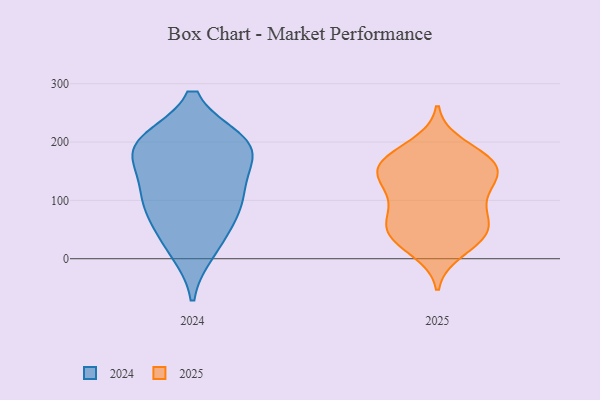
{"axis": {"x": "Customer Acquisition Cost (USD)", "y": "Value"}, "legend": ["2024", "2025"], "data": [{"x": "", "y": 90, "type": "2024"}, {"x": "", "y": 16, "type": "2024"}, {"x": "", "y": 130, "type": "2024"}, {"x": "", "y": 187, "type": "2024"}, {"x": "", "y": 104, "type": "2024"}, {"x": "", "y": 38, "type": "2024"}, {"x": "", "y": 184, "type": "2024"}, {"x": "", "y": 198, "type": "2024"}, {"x": "", "y": 199, "type": "2024"}, {"x": "", "y": 191, "type": "2024"}, {"x": "", "y": 92, "type": "2024"}, {"x": "", "y": 195, "type": "2025"}, {"x": "", "y": 33, "type": "2025"}, {"x": "", "y": 52, "type": "2025"}, {"x": "", "y": 71, "type": "2025"}, {"x": "", "y": 128, "type": "2025"}, {"x": "", "y": 128, "type": "2025"}, {"x": "", "y": 101, "type": "2025"}, {"x": "", "y": 158, "type": "2025"}, {"x": "", "y": 53, "type": "2025"}, {"x": "", "y": 13, "type": "2025"}, {"x": "", "y": 100, "type": "2025"}, {"x": "", "y": 174, "type": "2025"}, {"x": "", "y": 157, "type": "2025"}, {"x": "", "y": 140, "type": "2025"}, {"x": "", "y": 33, "type": "2025"}, {"x": "", "y": 160, "type": "2025"}, {"x": "", "y": 42, "type": "2025"}, {"x": "", "y": 153, "type": "2025"}, {"x": "", "y": 70, "type": "2025"}, {"x": "", "y": 175, "type": "2025"}]}